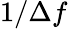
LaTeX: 1/\Delta f